65_HS1-834228961_62-HQ-83894_Section_2
Agency: FBI
Page 169
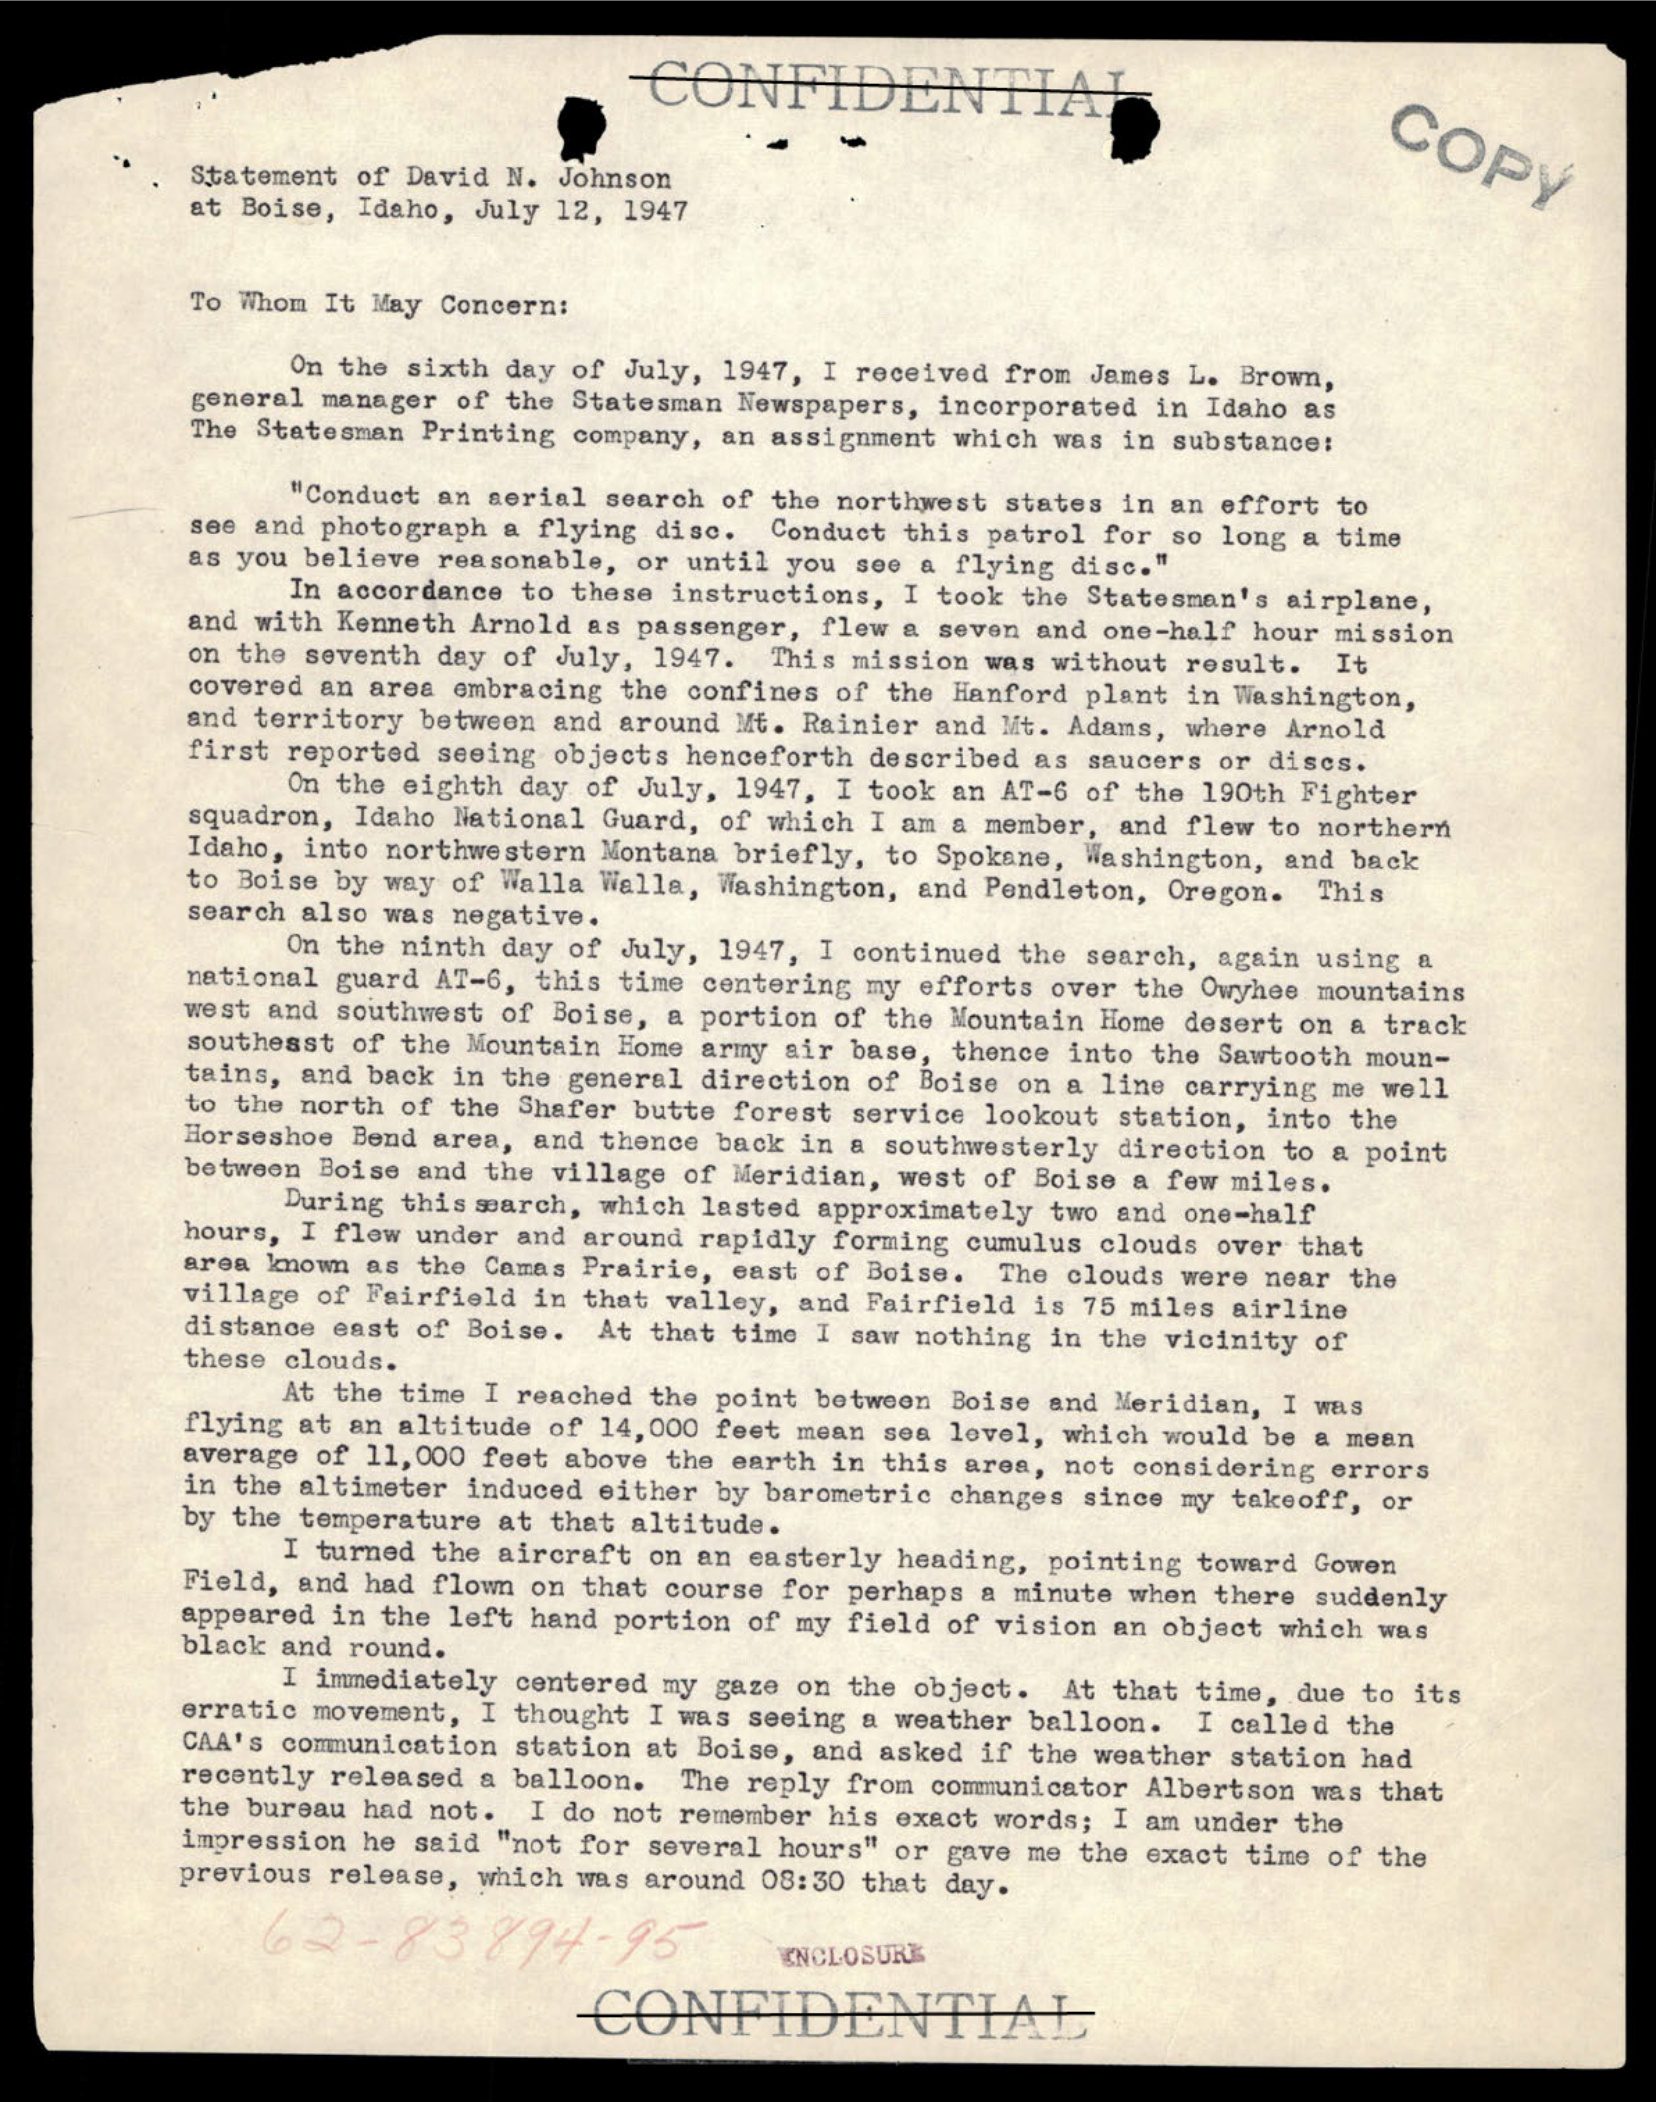